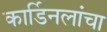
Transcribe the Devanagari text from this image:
कार्डिनलांचा